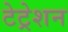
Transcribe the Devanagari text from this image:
टेट्रेशन